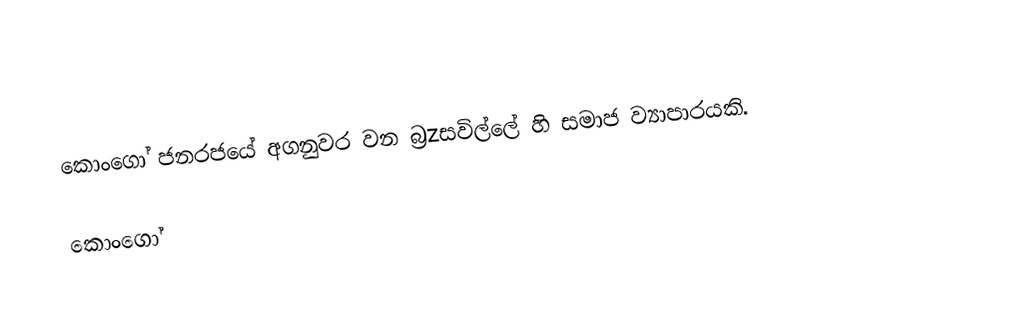
කොංගෝ ජනරජයේ අගනුවර වන බ්‍රzසවිල්ලේ හි සමාජ ව්‍යාපාරයකි.

කොංගෝ